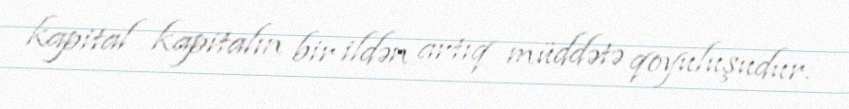
kapital kapitalın bir ildən artıq müddətə qoyuluşudur.